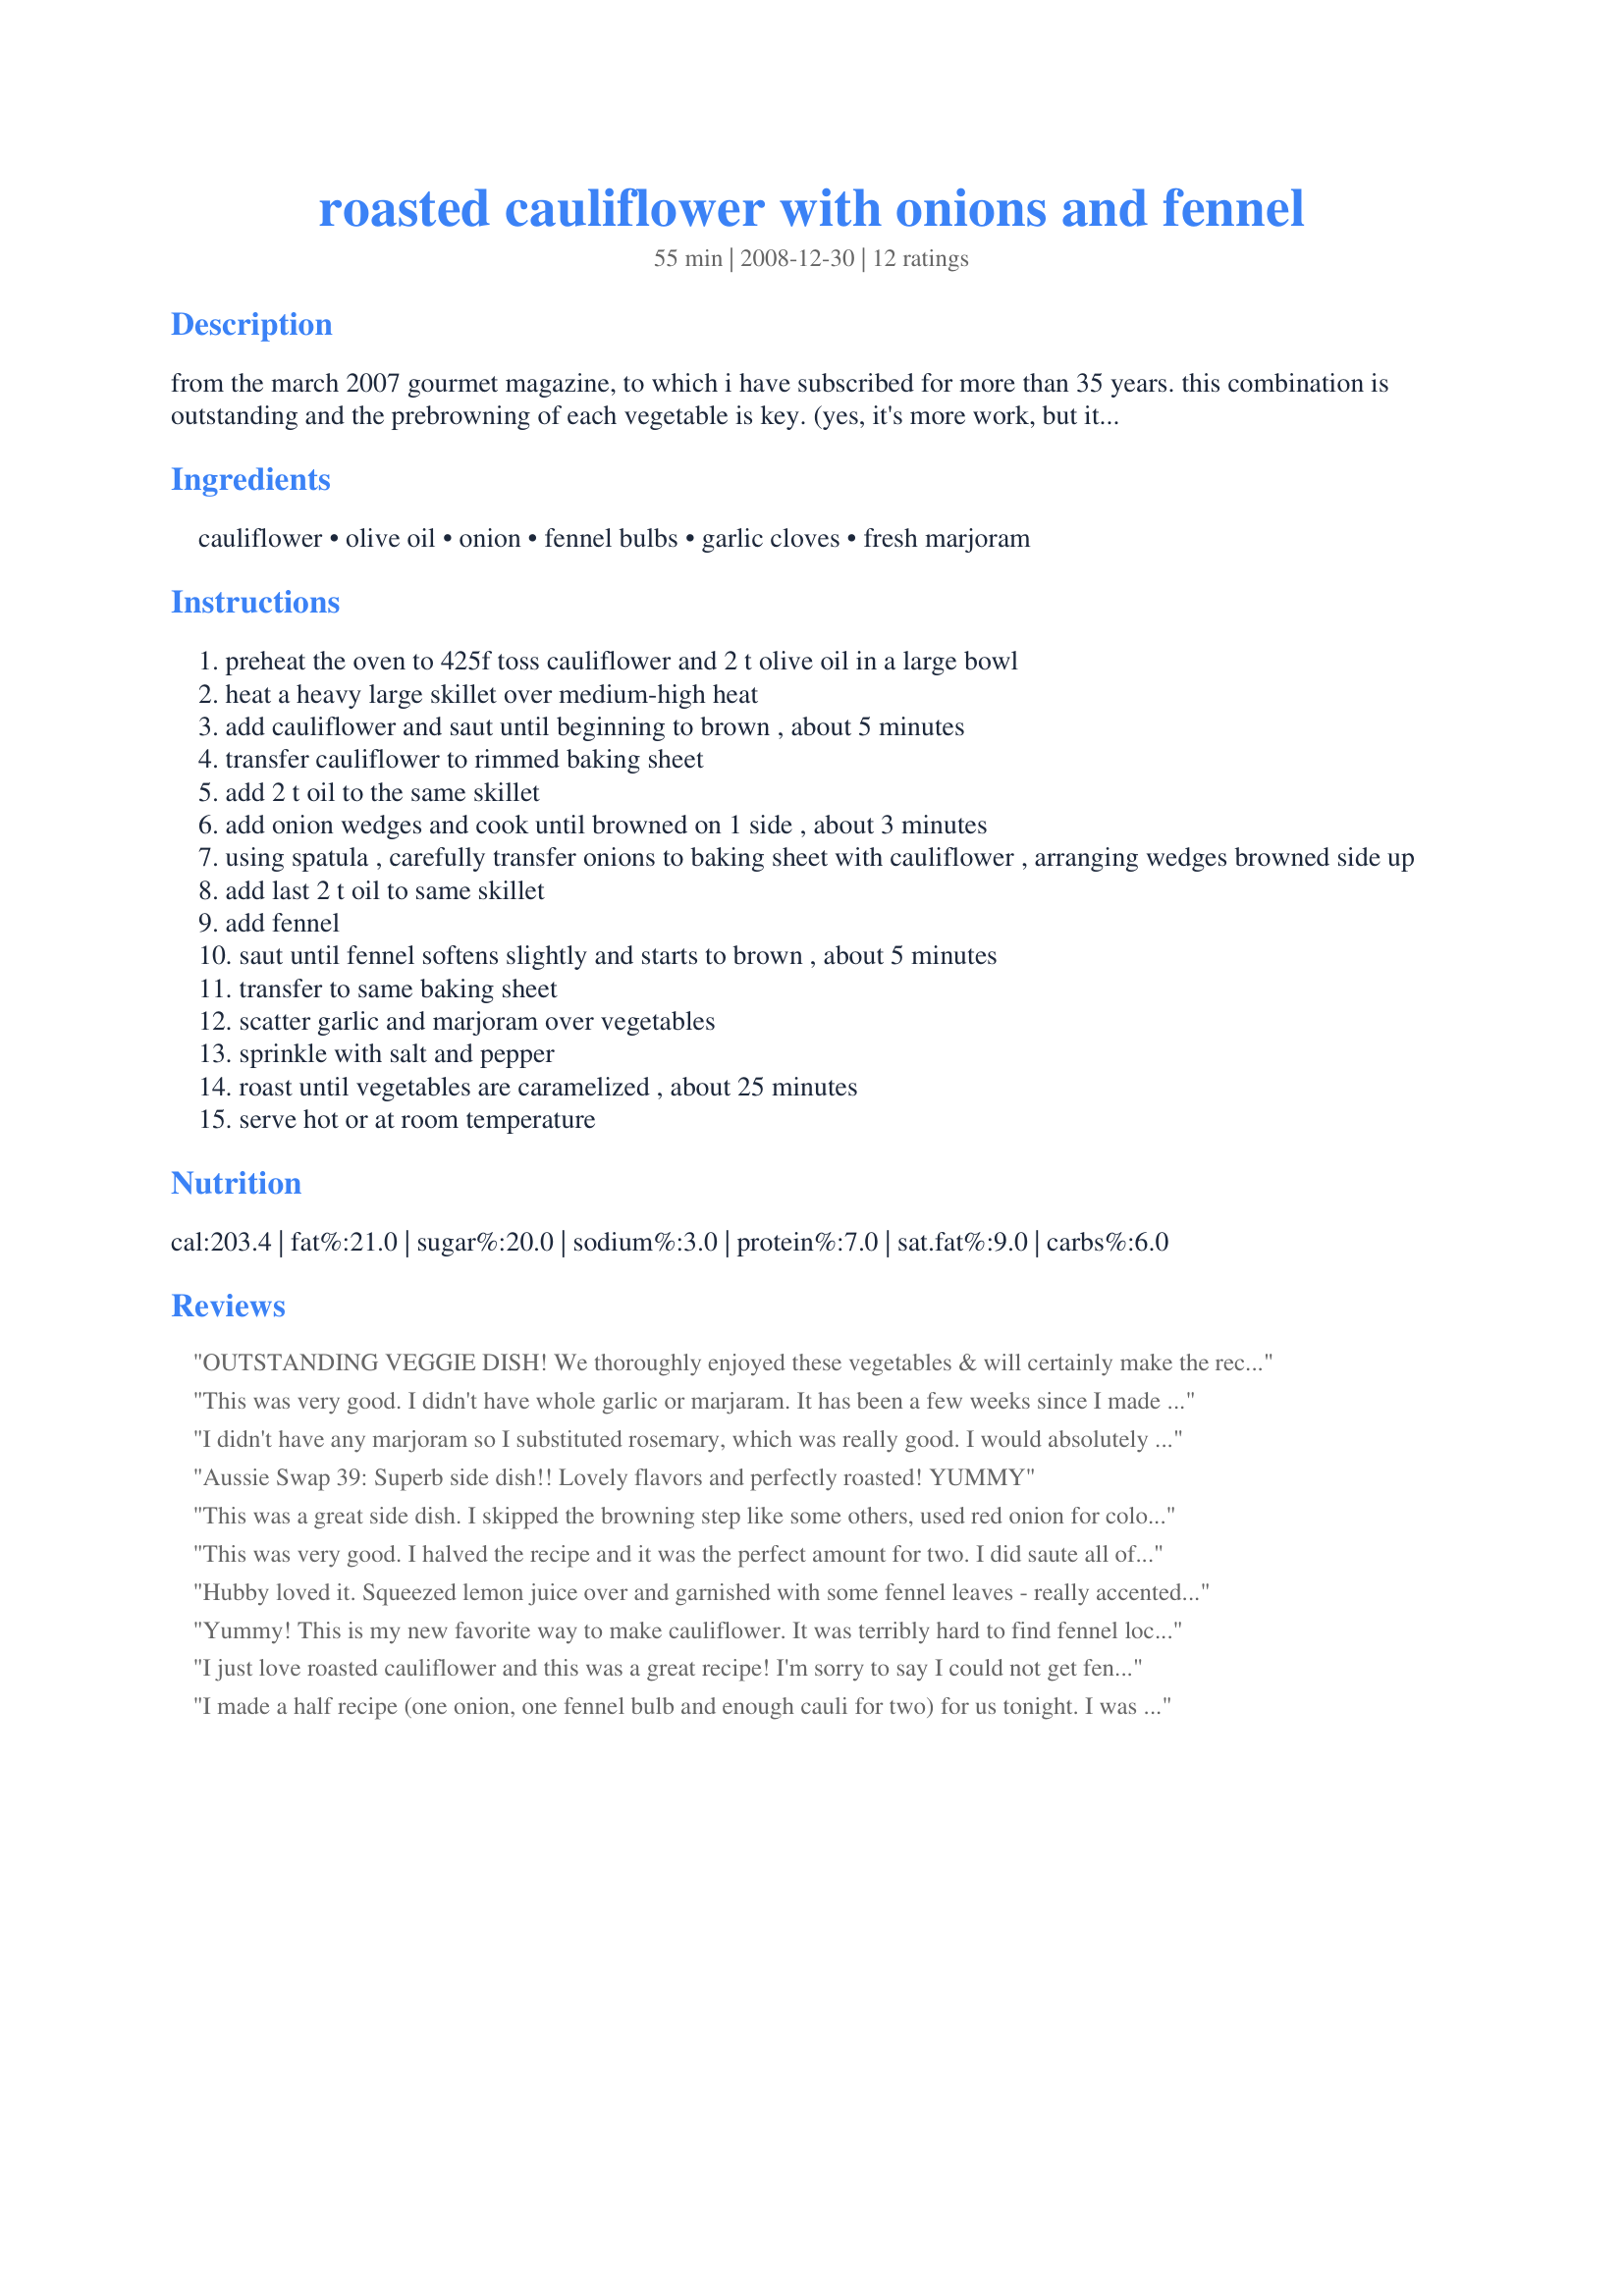
roasted cauliflower with onions and fennel
Preparation time: 55 minutes

from the march 2007 gourmet magazine, to which i have subscribed for more than 35 years. this combination is outstanding and the prebrowning of each vegetable is key. (yes, it's more work, but it is worth it!) it is delicous hot and even better at room temperature.

Ingredients:
cauliflower, olive oil, onion, fennel bulbs, garlic cloves, fresh marjoram

Steps:
preheat the oven to 425f toss cauliflower and 2 t olive oil in a large bowl
heat a heavy large skillet over medium-high heat
add cauliflower and saut until beginning to brown , about 5 minutes
transfer cauliflower to rimmed baking sheet
add 2 t oil to the same skillet
add onion wedges and cook until browned on 1 side , about 3 minutes
using spatula , carefully transfer onions to baking sheet with cauliflower , arranging wedges browned side up
add last 2 t oil to same skillet
add fennel
saut until fennel softens slightly and starts to brown , about 5 minutes
transfer to same baking sheet
scatter garlic and marjoram over vegetables
sprinkle with salt and pepper
roast until vegetables are caramelized , about 25 minutes
serve hot or at room temperature

Reviews:
OUTSTANDING VEGGIE DISH! We thoroughly enjoyed these vegetables & will certainly make the recipe again, hopefully for company to enjoy! As much as I like cauliflower, I especially liked the use of fennel bulbs here! Definitely a keeper! [Tagged, made & reviewed in Please Review My Recipe]
This was very good. I didn't have whole garlic or marjaram. It has been a few weeks since I made this so I can't remember what I used to substitute. I segregated the veggies on the baking tray because I was worried about picky DH. He liked the cauliflower and I LOVED what roasting does for the fennel. I think I will make this every time I get fennel in my "bountiful basket"
I didn't have any marjoram so I substituted rosemary, which was really good. I would absolutely make this again, since our summer farm share usually includes fennel. Next time I'll try the lemon juice too. Yum!
Aussie Swap 39: Superb side dish!! Lovely flavors and perfectly roasted! YUMMY
This was a great side dish. I skipped the browning step like some others, used red onion for color (and used just one) and tried the suggested lemon, which was nice. The fennel is the real star in this - it is so good roasted.
This was very good. I halved the recipe and it was the perfect amount for two. I did saute all of the veggies in the pan first but I can't say that I noticed any difference in taste than when I just roast them. Thank you.
Hubby loved it. Squeezed lemon juice over and garnished with some fennel leaves - really accented the flavour and looked great as well. The oregano (marjoram) was a nice touch. I would add more next time. I gently mixed everything up on the tray before serving, then garnished.
Yummy! This is my new favorite way to make cauliflower. It was terribly hard to find fennel locally, Luckily, I had to go to the "city", and was able to find some at a larger grocer. I debated whether to omit the fennel, but held out. Boy am I glad I did. I wouldn't change anything about this recipe. Thanks for sharing
I just love roasted cauliflower and this was a great recipe! I'm sorry to say I could not get fennel, but will try it when I can find it! Thanks for a yummy recipe! Made for PRMR
I made a half recipe (one onion, one fennel bulb and enough cauli for two) for us tonight. I was able to cook all in the same skillet at basically the same time (just added the fennel wedges in a couple of minutes after the other stuff). I served this at room temp and it was amazingly deliciously yummy. I took note of reviewer Slick 18 and served it with a lemon wedge which I think is essential to bring out the flavours even more.
I love roasted veg so I decided to cut out the sauteing step & just roast them in the convection oven. I added an entire head of garlic cloves & used a Walla Walla onion. The fennel is sublime in this recipe. I can't wait to have the leftovers tomorrow! Thanks for a great recipe, I look forward to making this again & again.
This is a great recipe. Very simple, and the vegetables come out crunchy with a nice roasted flavor. I served it with lemon, and the acid helped bring out all the flavors. It does need a little more color, though, so next time I think I will try it with purple onion or garnish with parsley or something. Thanks for posting!
